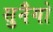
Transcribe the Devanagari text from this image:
सुनैगो